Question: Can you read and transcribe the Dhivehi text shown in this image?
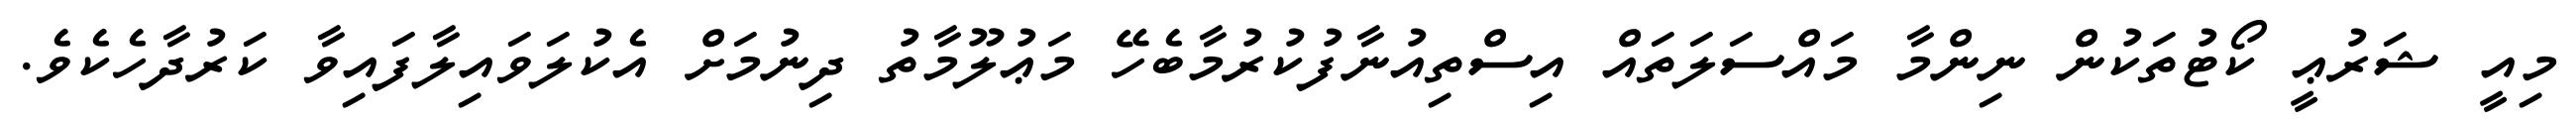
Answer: މިއީ ޝަރުޢީ ކޯޓުތަކުން ނިންމާ މައްސަލަތައް އިސްތިއުނާފުކުރުމާބެހޭ މަޢުލޫމާތު ދިނުމަށް އެކުލަވައިލާފައިވާ ކަރުދާހެކެވެ.